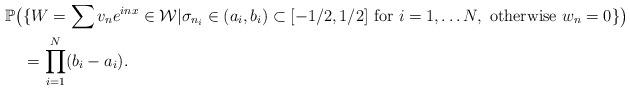
LaTeX: \begin{align*} \mathbb P \big( &\{ W= \sum v_n e^{inx} \in \mathcal W | \sigma_{n_i} \in (a_i, b_i)\subset [-1/2, 1/2] \mbox { for } i = 1, \dots N ,\mbox{ otherwise } w_n = 0\} \big) \\ &= \prod_{i=1}^N (b_i -a_i).\end{align*}